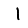
Digit: 1